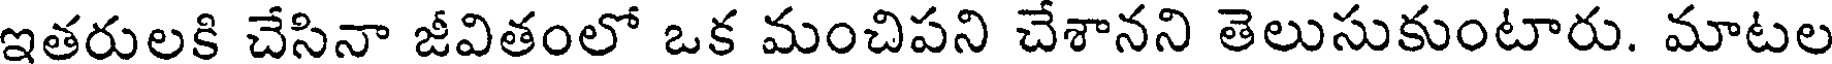
ఇతరులకి చేసినా జీవితంలో ఒక మంచిపని చేశానని తెలుసుకుంటారు. మాటల